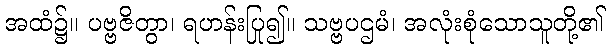
အထံ၌။ ပဗ္ဗဇိတွာ၊ ရဟန်းပြု၍။ သဗ္ဗပဌမံ၊ အလုံးစုံသောသူတို့၏